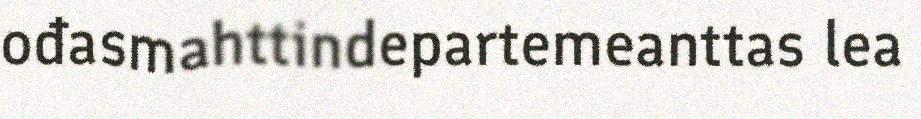
ođasmahttindepartemeanttas lea